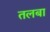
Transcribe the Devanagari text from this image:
तलबा